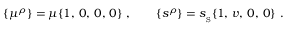
\{ \mu ^ { \rho } \} = \mu \{ 1 , \, 0 , \, 0 , \, 0 \} \ , \qquad \{ s ^ { \rho } \} = { s _ { _ \mathrm { S } } } \{ 1 , \, v , \, 0 , \, 0 \} \ .